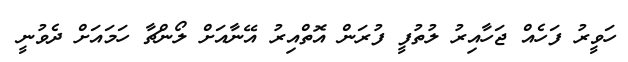
ހަވީރު ފަހެއް ޖަހާއިރު ލުތުފީ ފުރަން އޮތްއިރު އޭނާއަށް ލޯންޗާ ހަމައަށް ދެވުނީ